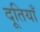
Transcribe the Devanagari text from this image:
दूतियाँ